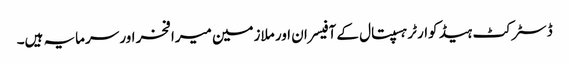
ڈسٹرکٹ ہیڈ کوارٹر ہسپتال کے آفیسران اور ملازمین میرا فخر اور سرمایہ ہیں۔